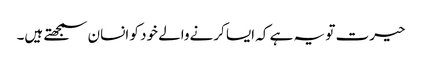
حیرت تو یہ ہے کہ ایسا کرنےوالے خود کو انسان سمجھتے ہیں۔